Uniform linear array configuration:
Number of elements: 24
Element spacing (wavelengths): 0.25
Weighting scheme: hann
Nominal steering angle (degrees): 0
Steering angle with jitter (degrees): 1.352
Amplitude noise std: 0.05
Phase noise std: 0.05

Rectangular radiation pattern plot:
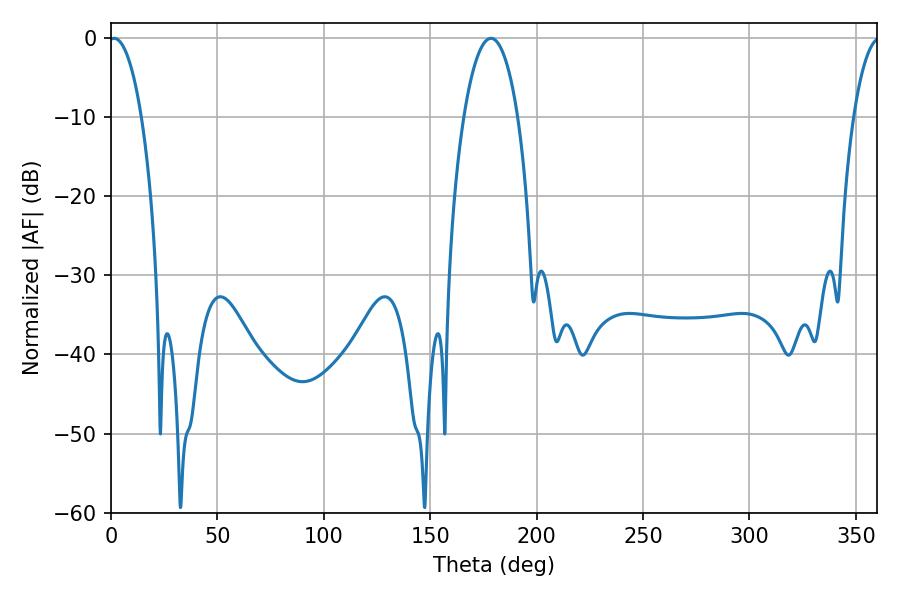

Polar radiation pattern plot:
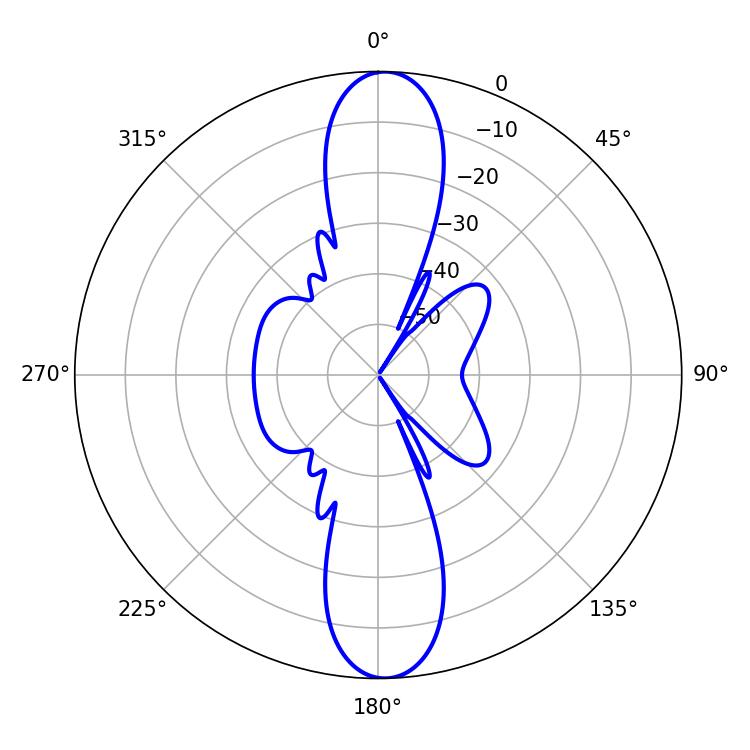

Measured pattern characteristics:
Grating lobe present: FALSE
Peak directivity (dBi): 21.603
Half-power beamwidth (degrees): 8.64
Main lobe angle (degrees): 1.44